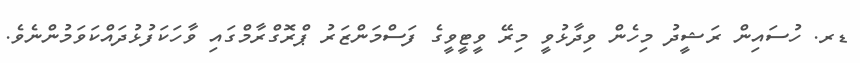
ޑރ. ހުސައިން ރަޝީދު މިހެން ވިދާޅުވީ މިރޭ ވީޓީވީގެ ފަސްމަންޒަރު ޕްރޮގްރާމްގައި ވާހަކަފުޅުދައްކަވަމުންނެވެ.